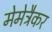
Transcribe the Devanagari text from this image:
मेमेट्रैकर